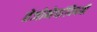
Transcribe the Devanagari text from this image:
तेजोमेघांविषयी